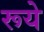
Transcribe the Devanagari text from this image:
रूये